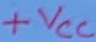
Text: +VCC